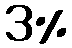
3%